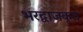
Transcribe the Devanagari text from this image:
भरद्वाजकृत